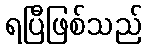
ရပြီဖြစ်သည်